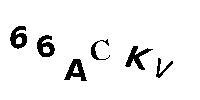
66ACKV